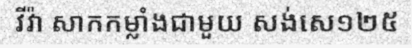
វីវ៉ា សាកកម្លាំងជាមួយ សង់សេ១២៥